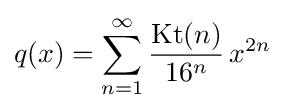
q(x)=\sum _{n=1}^{\infty }{\frac {\operatorname {Kt} (n)}{16^{n}}}\,x^{2n}